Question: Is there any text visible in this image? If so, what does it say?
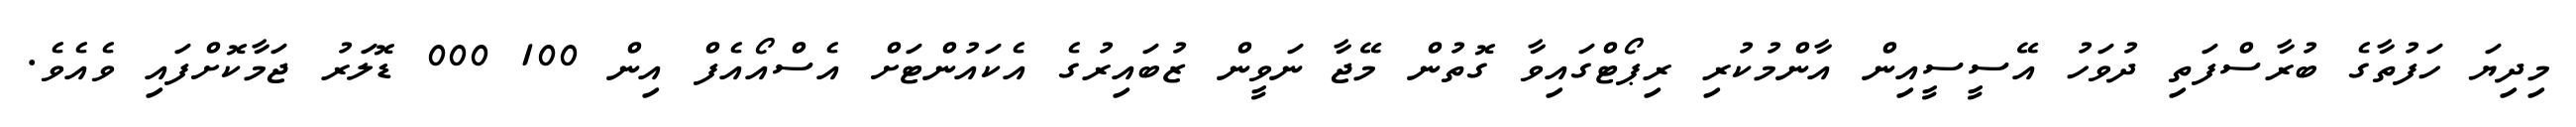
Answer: މިދިޔަ ހަފުތާގެ ބުރާސްފަތި ދުވަހު އޭސީސީއިން އާންމުކުރި ރިޕޯޓްގައިވާ ގޮތުން މޭޖާ ނަވީން ޒުބައިރުގެ އެކައުންޓަށް އެސްއޯއެފް އިން 100 000 ޑޮލަރު ޖަމާކޮށްފައި ވެއެވެ.